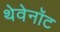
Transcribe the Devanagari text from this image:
थेवेनॉट